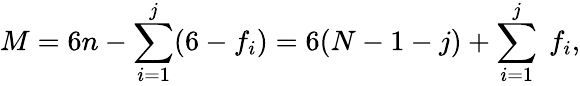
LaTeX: M=6n-\sum_{i=1}^{j}(6-f_{i})=6(N-1-j)+\sum_{i=1}^{j}\ f_{i},